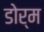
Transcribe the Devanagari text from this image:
डोर्म